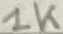
Text: 1K